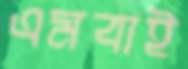
এমবাই